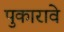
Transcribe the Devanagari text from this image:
पुकारावे